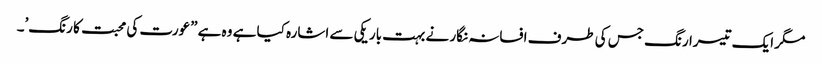
مگر ایک تیسرا رنگ جس کی طرف افسانہ نگار نے بہت باریکی سے اشارہ کیا ہے وہ ہے ”عورت کی محبت کا رنگ’۔